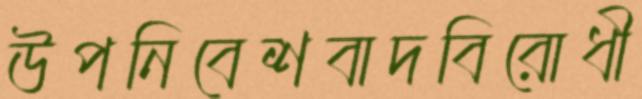
উপনিবেশবাদবিরোধী